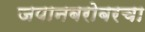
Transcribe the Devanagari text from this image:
जपानबरोबरचा